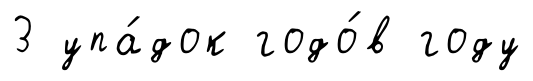
3 упа́док годо́в году